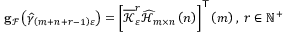
\begin{array} { r } { \mathbf { g } _ { \mathcal { F } } \left( \widehat { \gamma } _ { \left( m + n + r - 1 \right) \varepsilon } \right) = \left[ \overline { { \mathcal { K } } } _ { \varepsilon } ^ { r } \widehat { \mathcal { H } } _ { m \times n } \left( n \right) \right] ^ { \mathsf { T } } \left( m \right) , \; r \in \mathbb { N } ^ { + } } \end{array}